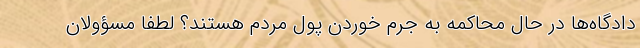
دادگاه‌ها در حال محاکمه به جرم خوردن پول مردم هستند؟ لطفا مسؤولان